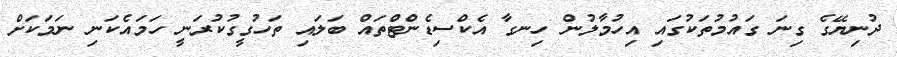
ދުނިޔޭގެ ގިނަ ގައުމުތަކުގައި އިހުމާލުން ހިނގާ އެކްސިޑެންޓްތައް ބަލައި ތަހުގީގުކުރަނީ ހަމައެކަނި ނަމަކަށް